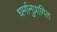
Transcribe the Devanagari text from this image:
धर्मानुप्रागित